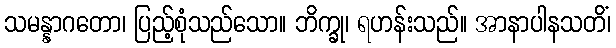
သမန္နာဂတော၊ ပြည့်စုံသည်သော။ ဘိက္ခု၊ ရဟန်းသည်။ အာနာပါနသတိံ၊